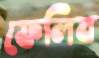
ফেলিব